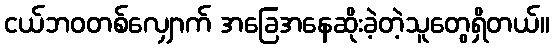
ငယ်ဘဝတစ်လျှောက် အခြေအနေဆိုးခဲ့တဲ့သူတွေရှိတယ်။